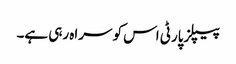
پیپلزپارٹی اس کو سراہ رہی ہے۔